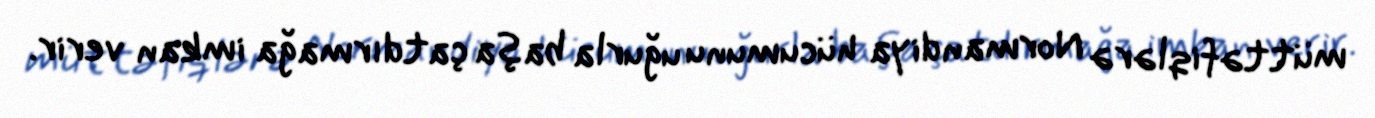
müttəfiqlərə Normandiya hücumunu uğurla başa çatdırmağa imkan verir.